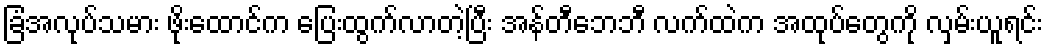
ခြံအလုပ်သမား ဖိုးထောင်က ပြေးထွက်လာတဲ့ပြီး အန်တီဘေဘီ လက်ထဲက အထုပ်တွေကို လှမ်းယူရင်း